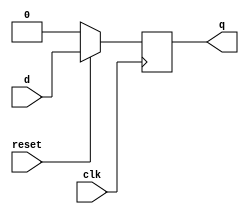
module dff (q,d,clk,reset); 
input d, clk, reset ; 

output q;
reg q;
 always @ ( posedge clk)
 if (~reset) 
   q <= 1'b0;
 else  
   q <= d;
  endmodule